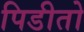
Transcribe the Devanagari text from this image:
पिडीतो